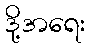
ဒို့အရေး